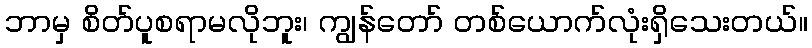
ဘာမှ စိတ်ပူစရာမလိုဘူး၊ ကျွန်တော် တစ်ယောက်လုံးရှိသေးတယ်။